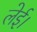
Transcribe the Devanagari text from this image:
लेई।